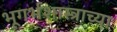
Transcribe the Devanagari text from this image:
भूगर्भशास्त्राच्या